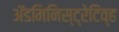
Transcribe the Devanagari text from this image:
अॅडमिनिस्ट्रेटिव्ह